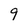
Character: 9